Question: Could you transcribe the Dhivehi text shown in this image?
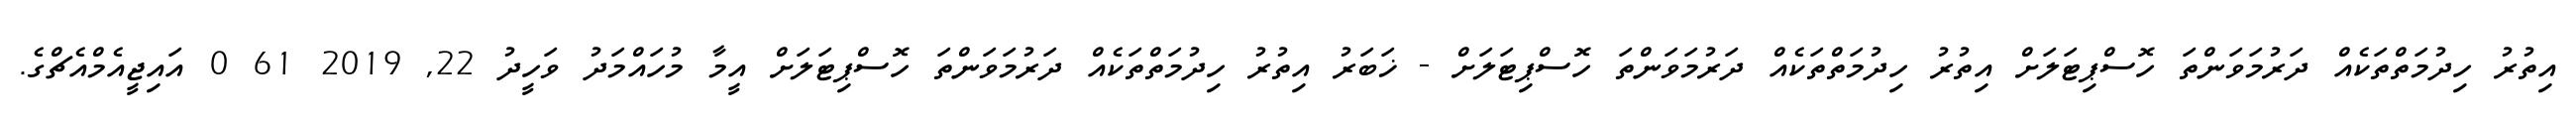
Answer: އިތުރު ހިދުމަތްތަކެއް ދަރުމަވަންތަ ހޮސްޕިޓަލަށް އިތުރު ހިދުމަތްތަކެއް ދަރުމަވަންތަ ހޮސްޕިޓަލަށް - ޚަބަރު އިތުރު ހިދުމަތްތަކެއް ދަރުމަވަންތަ ހޮސްޕިޓަލަށް އީމާ މުހައްމަދު ވަހީދު 22, 2019 61 0 އައިޖީއެމްއެޗްގެ.